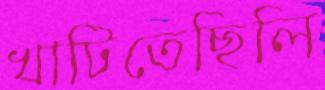
খাটিতেছিলি